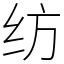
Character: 纺